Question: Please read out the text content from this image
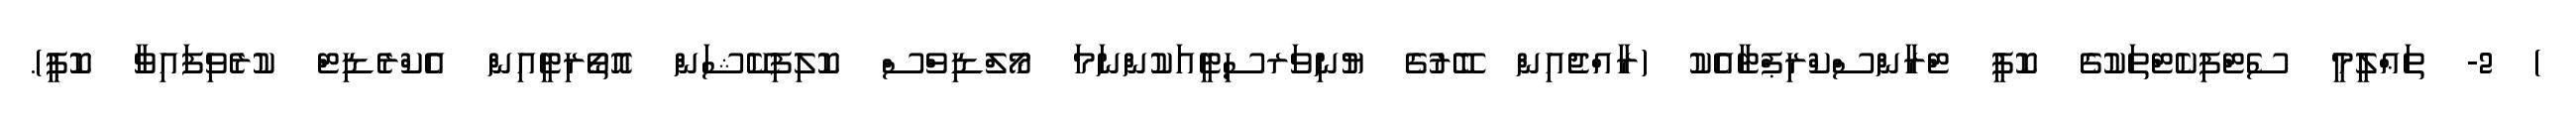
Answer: ) 2- ތަޢްލީމީ ސެޓްފިކެޓްތަކުގެ ކޮޕީ ޓްރާންސްކްރިޕްޓާއެކު (ރާއްޖެއިން ބޭރުގެ ޔުނިވަރސިޓީއަކުންނަމަ މޯލްޑިވްސް ކޮލިފިކޭޝަން އޮތޯރިޓީއިން އެކްރެޑިޓް ކުރެވިފައިވާ ކޮޕީ).